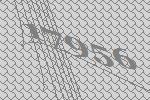
17956